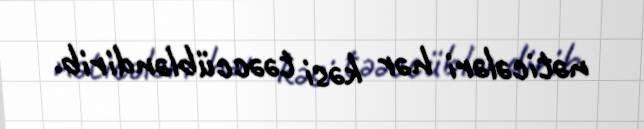
nəticələri hər kəsi təəccübləndirib.